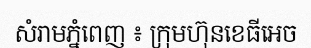
សំរាមភ្នំពេញ ៖ ក្រុមហ៊ុនខេធីអេច